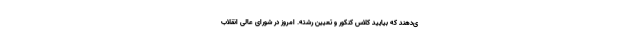
ی‌دهند که بیایید کلاس کنکور و تعیین رشته. امروز در شورای عالی انقلاب